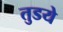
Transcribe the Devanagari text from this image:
तुडये